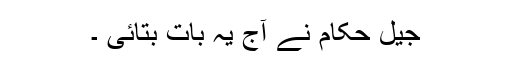
جیل حکام نے آج یہ بات بتائی ۔